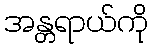
အန္တရာယ်ကို